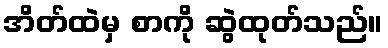
အိတ်ထဲမှ စာကို ဆွဲထုတ်သည်။